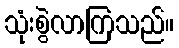
သုံးစွဲလာကြသည်။